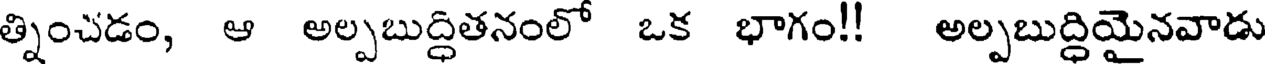
త్నించడం, ఆ అల్పబుద్ధితనంలో ఒక భాగం!! అల్పబుద్ధియైనవాడు